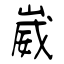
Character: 崴